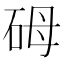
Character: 砪